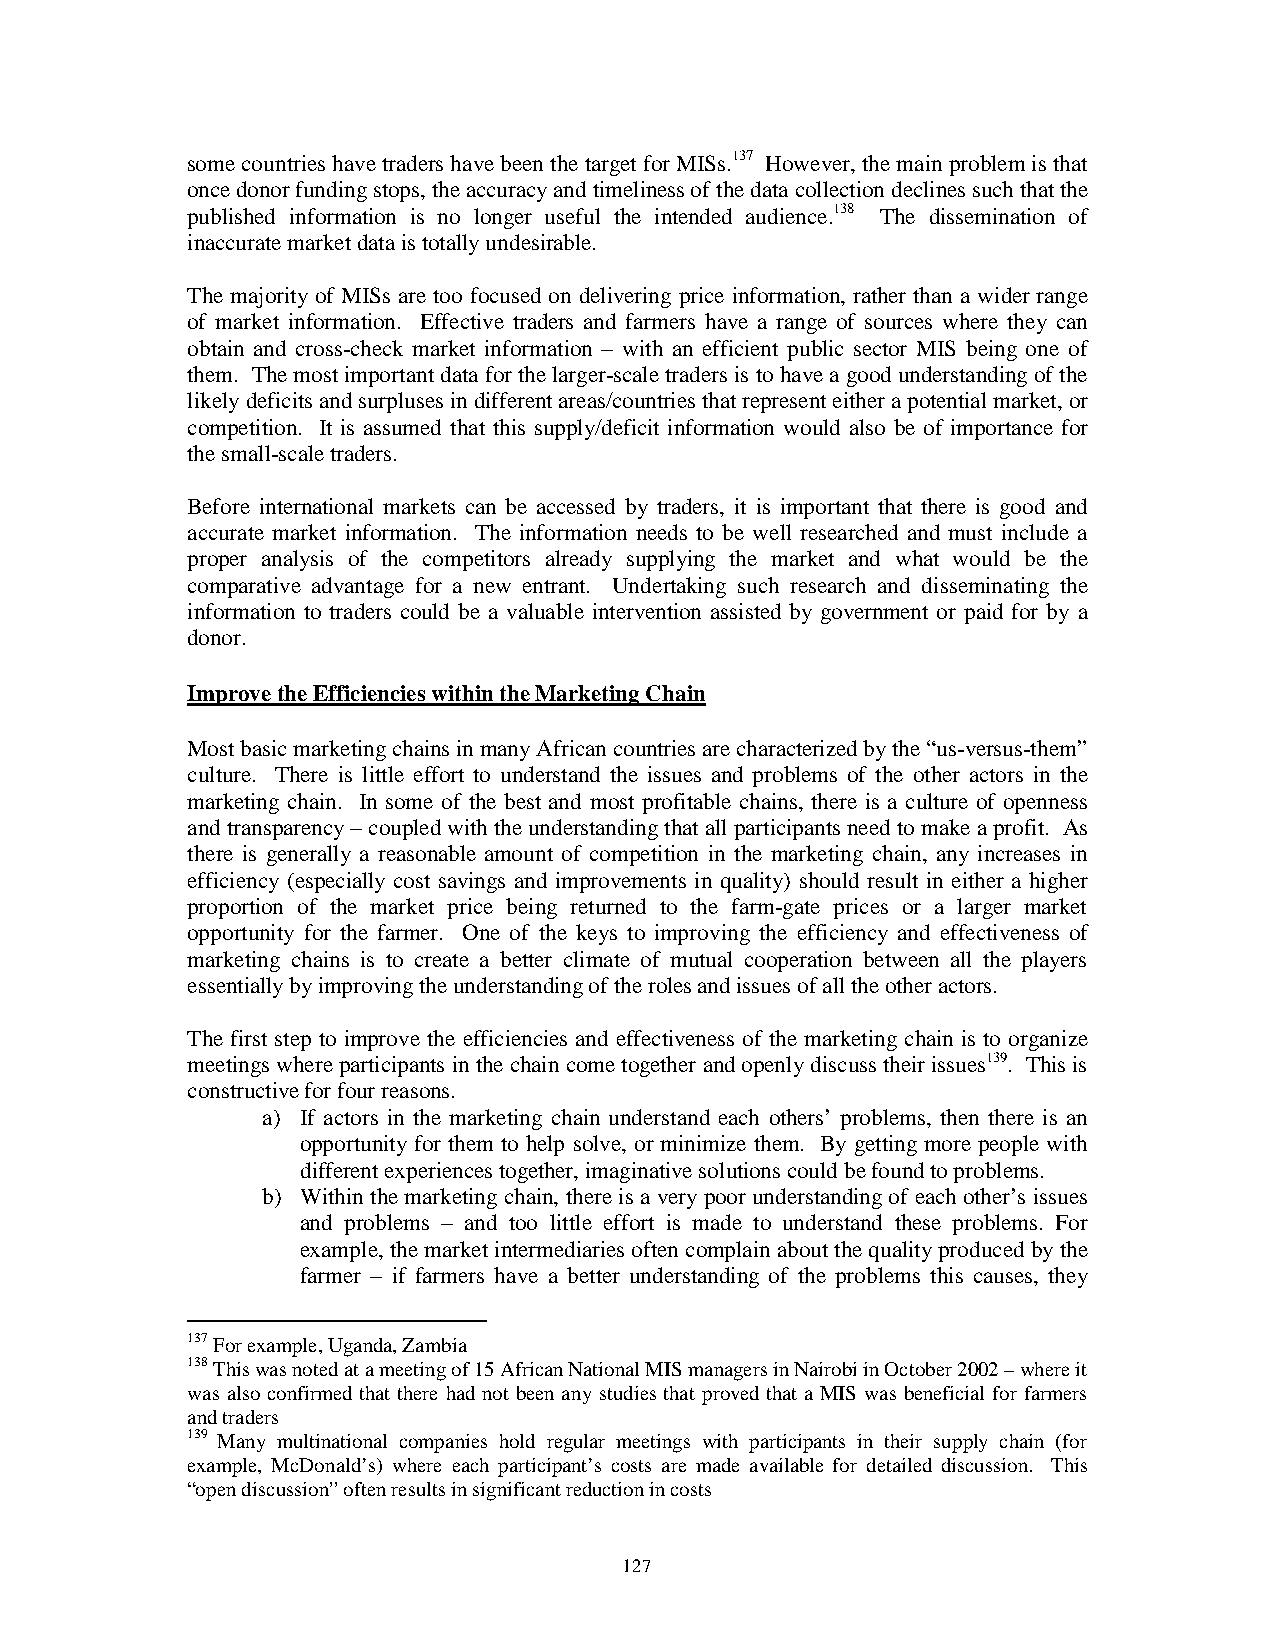
some countries have traders have been the target for MISs.137 However, the main problem is that
 once donor funding stops, the accuracy and timeliness of the data collection declines such that the
 published information is no longer useful the intended audience.138 The dissemination of
 inaccurate market data is totally undesirable.
 The majority of MISs are too focused on delivering price information, rather than a wider range
 of market information. Effective traders and farmers have a range of sources where they can
 obtain and cross-check market information – with an efficient public sector MIS being one of
 them. The most important data for the larger-scale traders is to have a good understanding of the
 likely deficits and surpluses in different areas/countries that represent either a potential market, or
 competition. It is assumed that this supply/deficit information would also be of importance for
 the small-scale traders.
 Before international markets can be accessed by traders, it is important that there is good and
 accurate market information. The information needs to be well researched and must include a
 proper analysis of the competitors already supplying the market and what would be the
 comparative advantage for a new entrant. Undertaking such research and disseminating the
 information to traders could be a valuable intervention assisted by government or paid for by a
 donor.
 Improve the Efficiencies within the Marketing Chain
 Most basic marketing chains in many African countries are characterized by the “us-versus-them”
 culture. There is little effort to understand the issues and problems of the other actors in the
 marketing chain. In some of the best and most profitable chains, there is a culture of openness
 and transparency – coupled with the understanding that all participants need to make a profit. As
 there is generally a reasonable amount of competition in the marketing chain, any increases in
 efficiency (especially cost savings and improvements in quality) should result in either a higher
 proportion of the market price being returned to the farm-gate prices or a larger market
 opportunity for the farmer. One of the keys to improving the efficiency and effectiveness of
 marketing chains is to create a better climate of mutual cooperation between all the players
 essentially by improving the understanding of the roles and issues of all the other actors.
 The first step to improve the efficiencies and effectiveness of the marketing chain is to organize
 meetings where participants in the chain come together and openly discuss their issues139. This is
 constructive for four reasons.
 a) If actors in the marketing chain understand each others’ problems, then there is an
 opportunity for them to help solve, or minimize them. By getting more people with
 different experiences together, imaginative solutions could be found to problems.
 b) Within the marketing chain, there is a very poor understanding of each other’s issues
 and problems – and too little effort is made to understand these problems. For
 example, the market intermediaries often complain about the quality produced by the
 farmer – if farmers have a better understanding of the problems this causes, they
 137 For example, Uganda, Zambia
 138 This was noted at a meeting of 15 African National MIS managers in Nairobi in October 2002 – where it
 was also confirmed that there had not been any studies that proved that a MIS was beneficial for farmers
 and traders
 139 Many multinational companies hold regular meetings with participants in their supply chain (for
 example, McDonald’s) where each participant’s costs are made available for detailed discussion. This
 “open discussion” often results in significant reduction in costs
 127